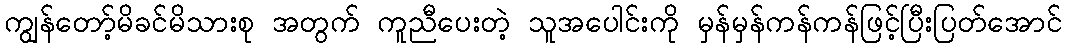
ကျွန်တော့်မိခင်မိသားစု အတွက် ကူညီပေးတဲ့ သူအပေါင်းကို မှန်မှန်ကန်ကန်ဖြင့်ပြီးပြတ်အောင်